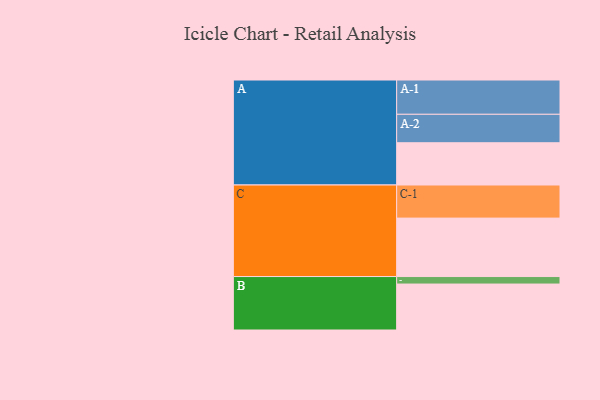
{"axis": {"x": "Segment", "y": "Value"}, "legend": ["", "A", "B", "C"], "data": [{"x": "A", "y": 355, "type": ""}, {"x": "B", "y": 386, "type": ""}, {"x": "C", "y": 491, "type": ""}, {"x": "A-1", "y": 288, "type": "A"}, {"x": "A-2", "y": 239, "type": "A"}, {"x": "B-1", "y": 63, "type": "B"}, {"x": "C-1", "y": 278, "type": "C"}]}